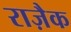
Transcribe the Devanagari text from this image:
राज़ैक